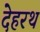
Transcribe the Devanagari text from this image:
देहरथ